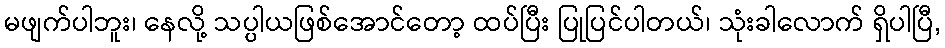
မဖျက်ပါဘူး၊ နေလို့ သပ္ပါယဖြစ်အောင်တော့ ထပ်ပြီး ပြုပြင်ပါတယ်၊ သုံးခါလောက် ရှိပါပြီ,